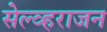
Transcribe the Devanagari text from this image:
सेल्व्हराजन